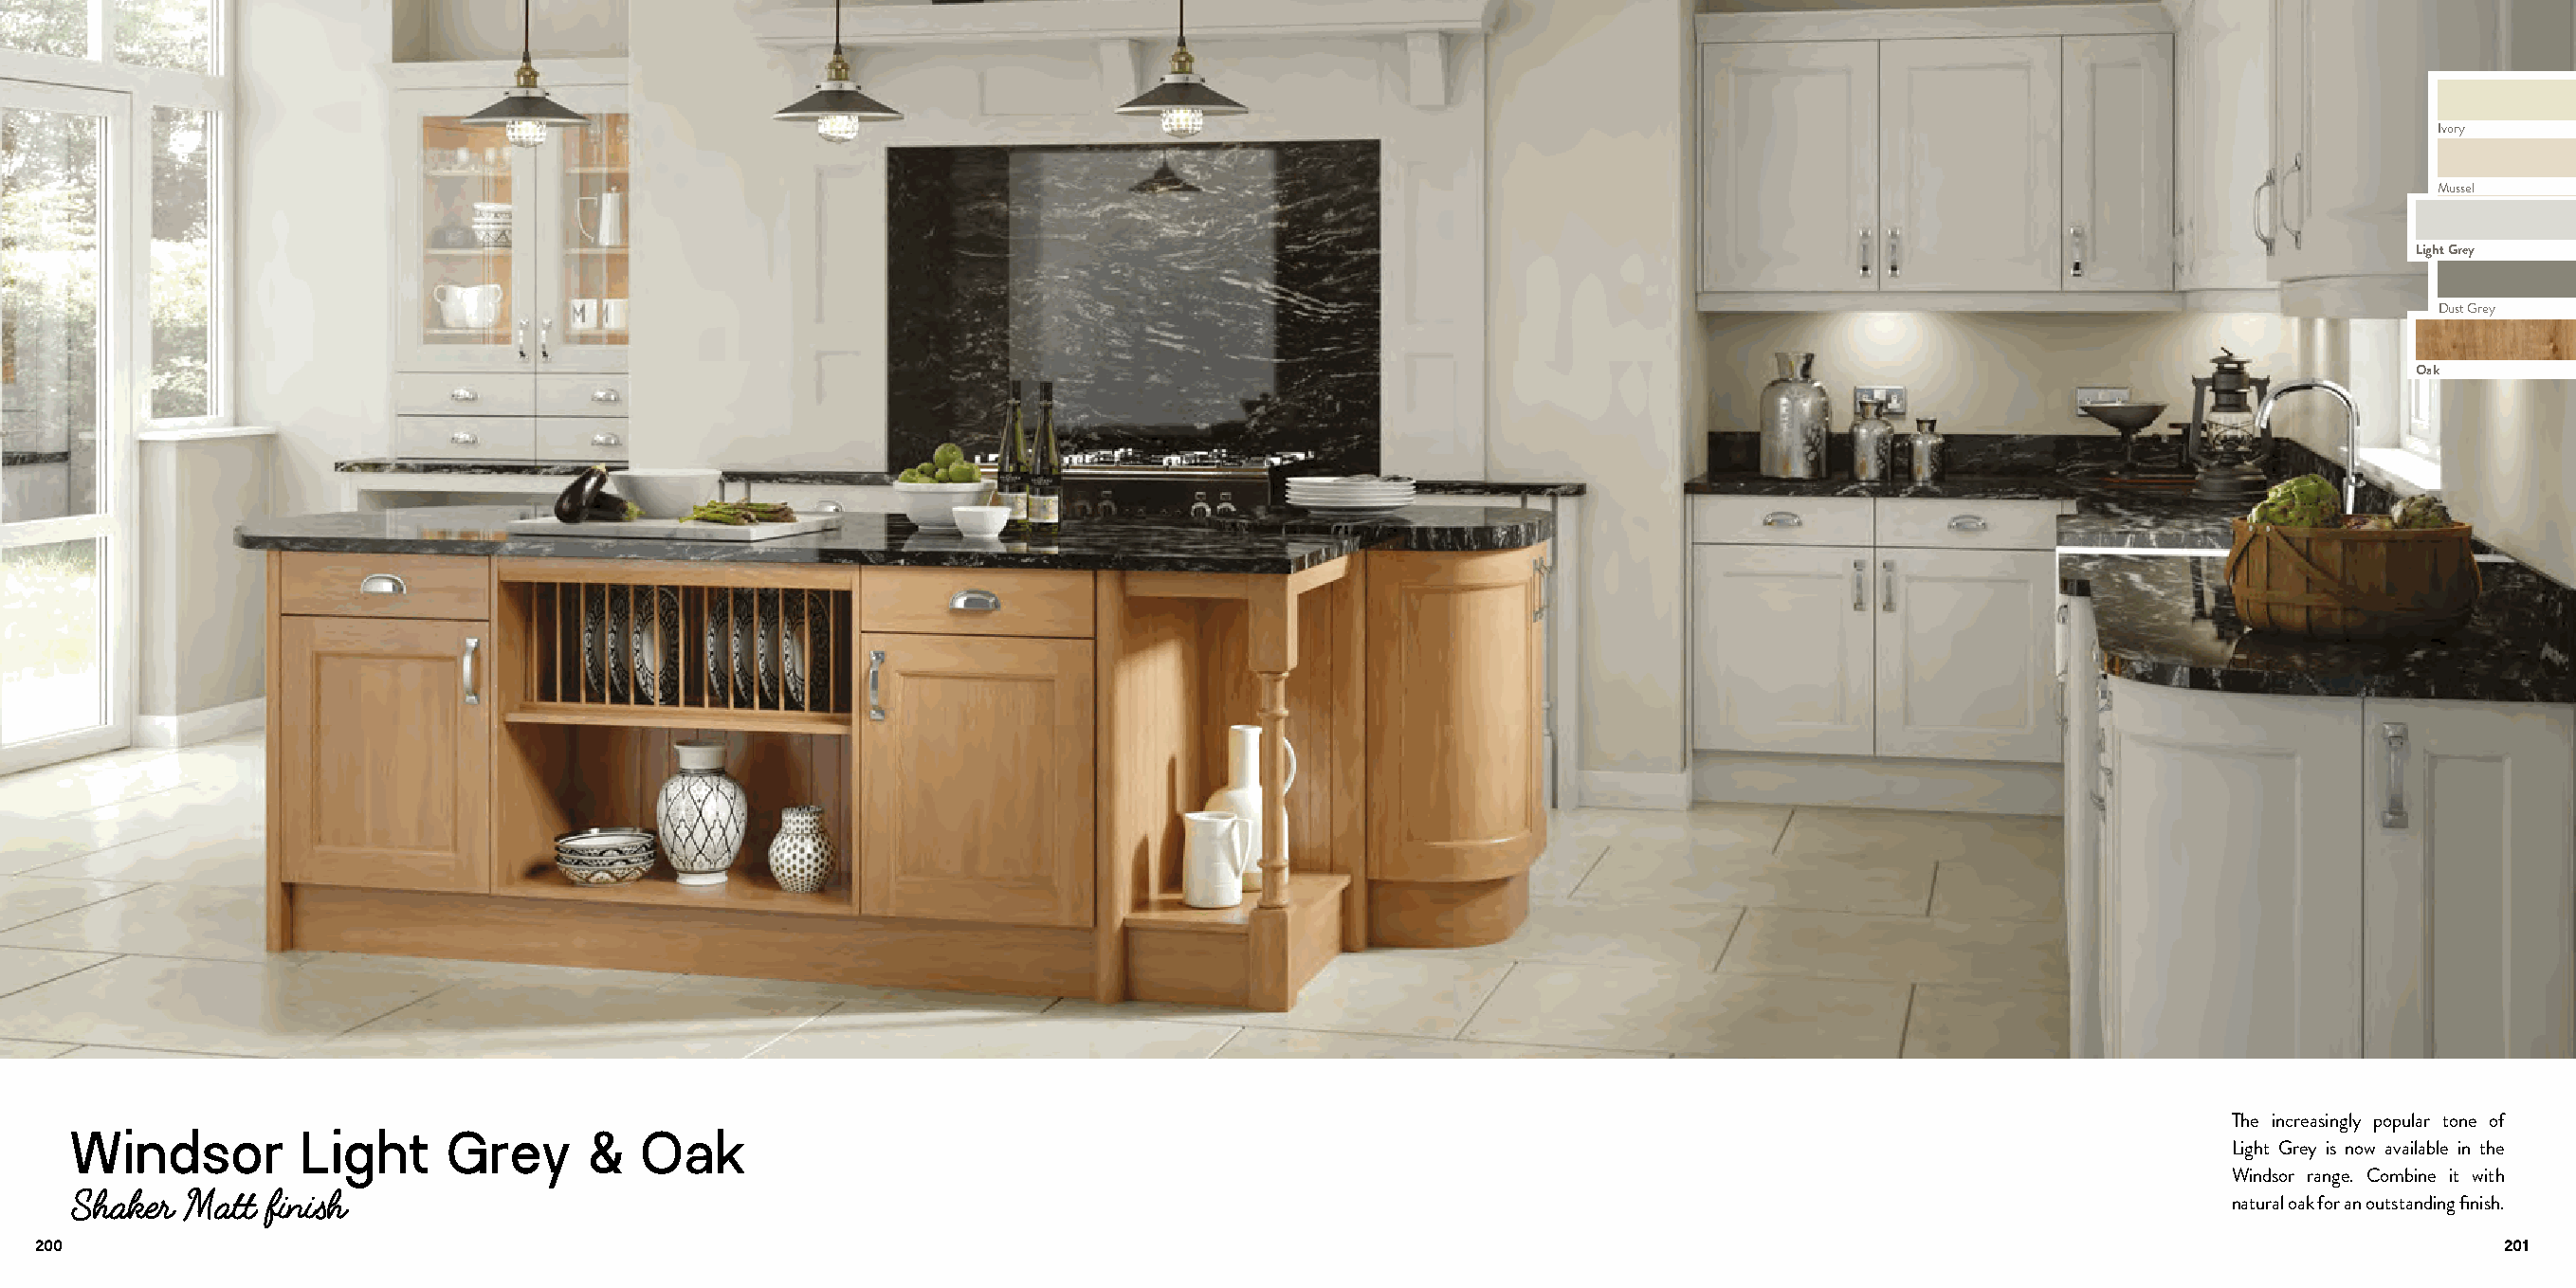
Ivory
 Mussel
 Light Grey
 Dust Grey
 Oak
 The increasingly popular tone of
 Windsor         Light     Grey      &   Oak
 Light Grey is now available in the
 Windsor range. Combine it with
 Shaker  Matt  finish
 natural oak for an outstanding finish.
 200                                                                                                                                                                         201